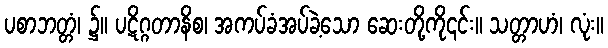
ပစာဘတ္တံ၊ ၌။ ပဋိဂ္ဂတာနိစ၊ အကပ်ခံအပ်ခဲ့သော ဆေးတို့ကို၎င်း။ သတ္တာဟံ၊ လုံး။